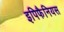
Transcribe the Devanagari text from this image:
इपिफैनियस